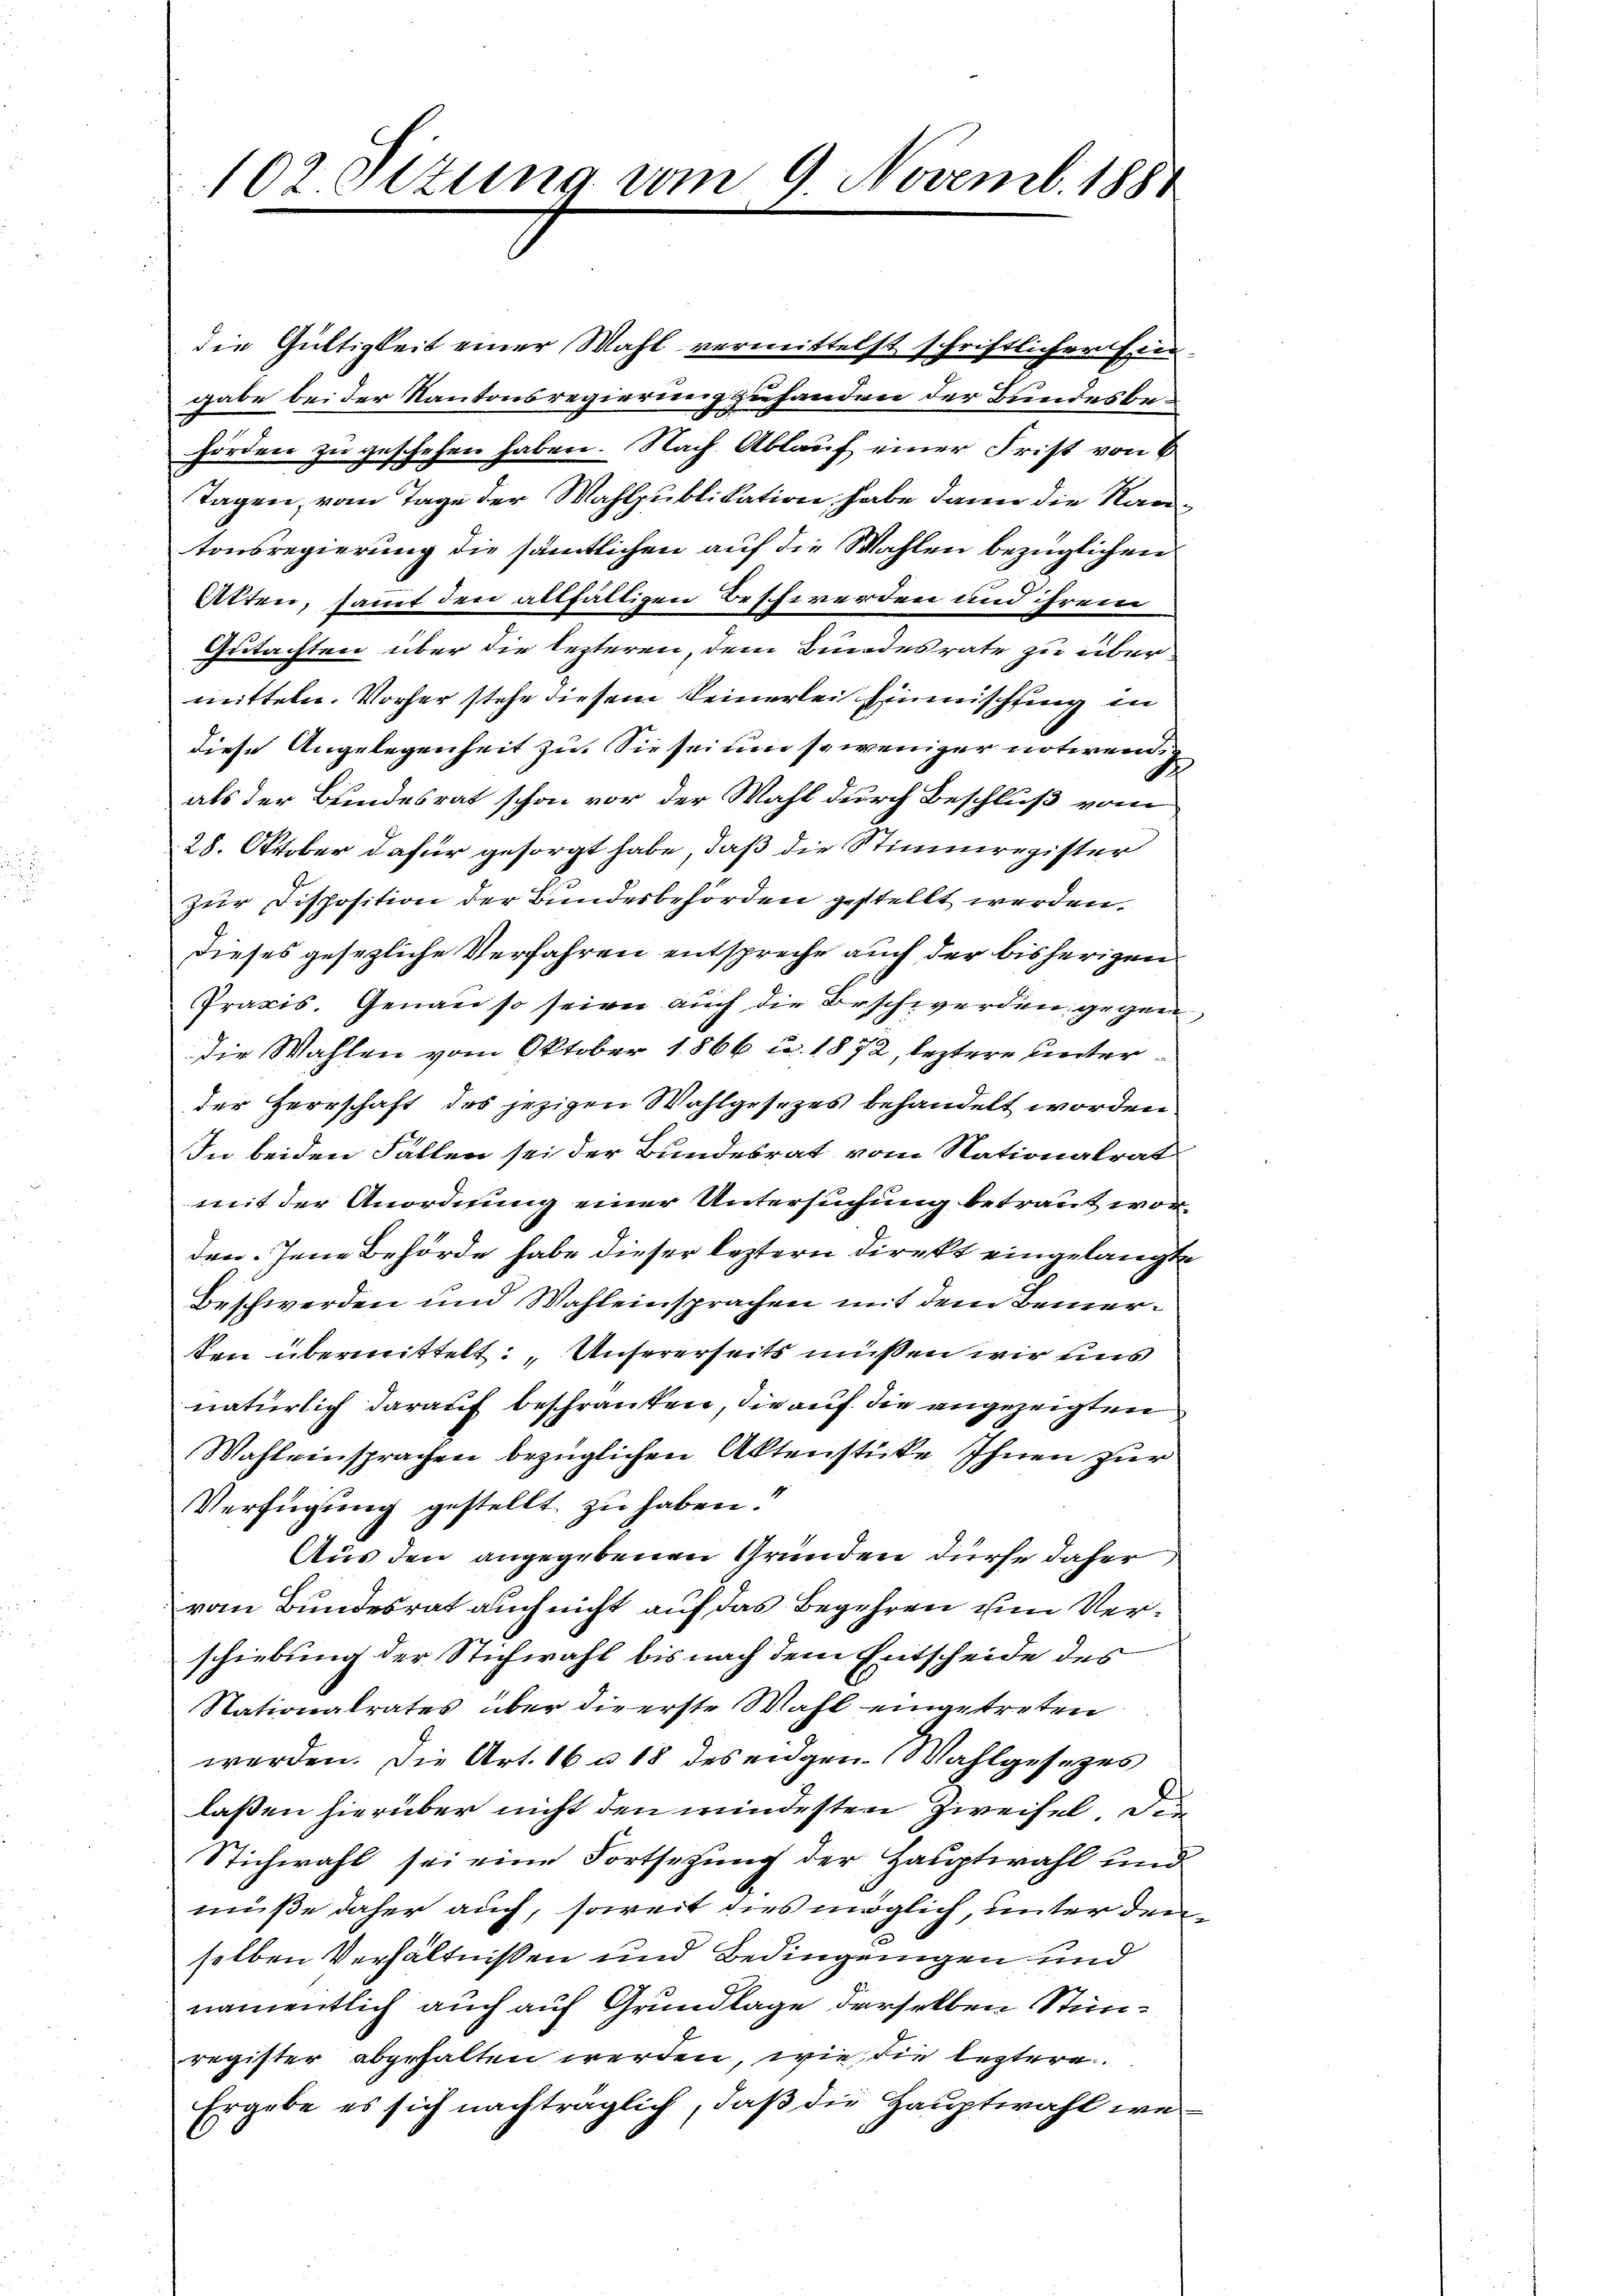
102 Sizung vom 9 Novemb. 1881

die Gültigkeit einer Mahl vermittelst schriftlicher Eingabe bei der Kantonsregierung zu handen der Bundesbehörden zu geschehen haben. Nach Ablauf einer Frist von 6
Tagen, vom Tage der Wahlpublikation, habe dann die Kantonsregierung die sämmtlichen auf die Wahlen bezüglichen
Atten, sammt den allfälligen Beschwerden und ihrem
Gutachten über die lezteren, dem Bundesrate zu über-
mitteln. Vorher stehe diesem keinerlei Einmischtung in
diese Angelegenheit zu. Sie sei um so weniger notwendig
als der Bundesrat schon vor der Wahl durch Beschluß vom
28. Oktober dafür gesorgt habe, daß die Stimmregister
l
zur Disposition der Bundesbehörden gestellt werden.
dieses gesezliche Verfahren entspreche auch der bisherigen
Praxis. Genau so seien auch die Beschwerden gegen
die Wahlen vom Oktober 1866 u. 1872, leztere unterder Herrschaft des jezigen Wahlgesezes behandelt worden
In beiden Fällen sei der Bundesrat vom Nationalrat
mit der Anordnung einer Untersuchung betraut worden. Jene Behörde habe dieser leztern direkt eingelangte
Beschwerden und Wahleinsprachen mit dem Bemerten übermittelt: „Unsererseits müssen wir uns
natürlich darauf beschränken, die auf die angezeigten
Wahleinsprachen bezüglichen Aktenstücke Ihnen zur
Verfügung gestellt, zu haben?
Aus den angegebenen Gründen dürfe daher
vom Bundesrat auch nicht auf das Begehren um Verschiebung der Stichwahl bis nach dem Entscheide des
Nationalrates über die erste Wahl eingetreten
werden. Die Art. 16 u 18 des eidgen. Wahlgesetzes
laßen hierüber nicht den mindesten Zweifel die
Stichwahl sei eine Fortsetzung der Hauptwahl und
müße daher auch, soweit dies möglich, unter dem
selben Verhältnissen und Bedingungen und
namentlich auch auf Grundlage derselben Stimmregister abgehalten werden, wie die leztere
Ergebe es sich nachträglich, daß die Hauptwahl we¬